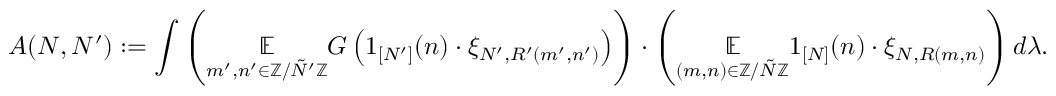
A ( N , N ^ { \prime } ) : = \int \left( \underset { m ^ { \prime } , n ^ { \prime } \in \mathbb { Z } / \tilde { N } ^ { \prime } \mathbb { Z } } { \mathbb { E } } G \left( 1 _ { [ N ^ { \prime } ] } ( n ) \cdot \xi _ { N ^ { \prime } , R ^ { \prime } ( m ^ { \prime } , n ^ { \prime } ) } \right) \right) \cdot \left( \underset { ( m , n ) \in \mathbb { Z } / \tilde { N } \mathbb { Z } } { \mathbb { E } } 1 _ { [ N ] } ( n ) \cdot \xi _ { N , R ( m , n ) } \right) d \lambda .